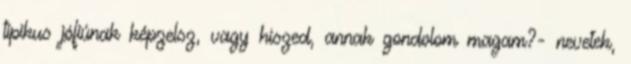
tipikus jófiúnak képzelsz, vagy hiszed, annak gondolom magam?- nevetek,